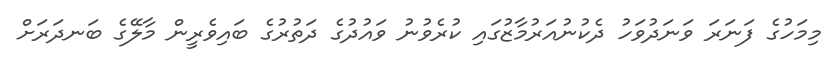
މިމަހުގެ ފަނަރަ ވަނަދުވަހު ދެކުނުއަރުމާޒުގައި ކުރެވުނު ވައުދުގެ ދަތުރުގެ ބައިވެރީން މާލޭގެ ބަނދަރަށް